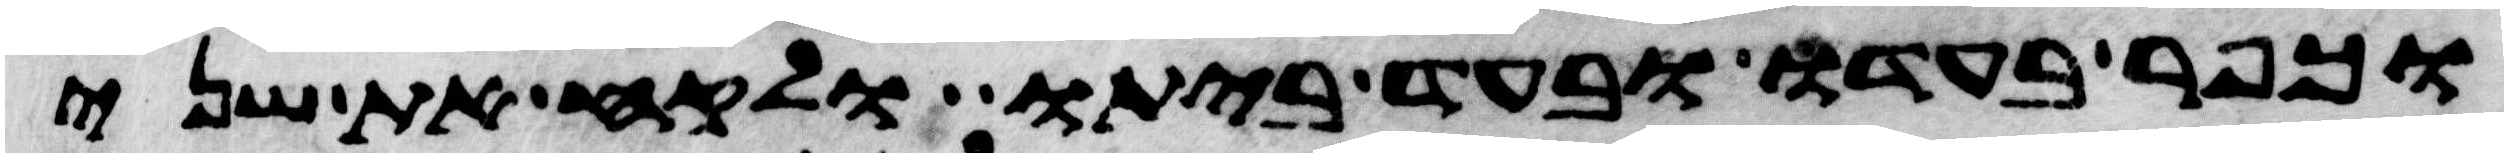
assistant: וכפר בעדו ובעד ביתו ולקח את שני